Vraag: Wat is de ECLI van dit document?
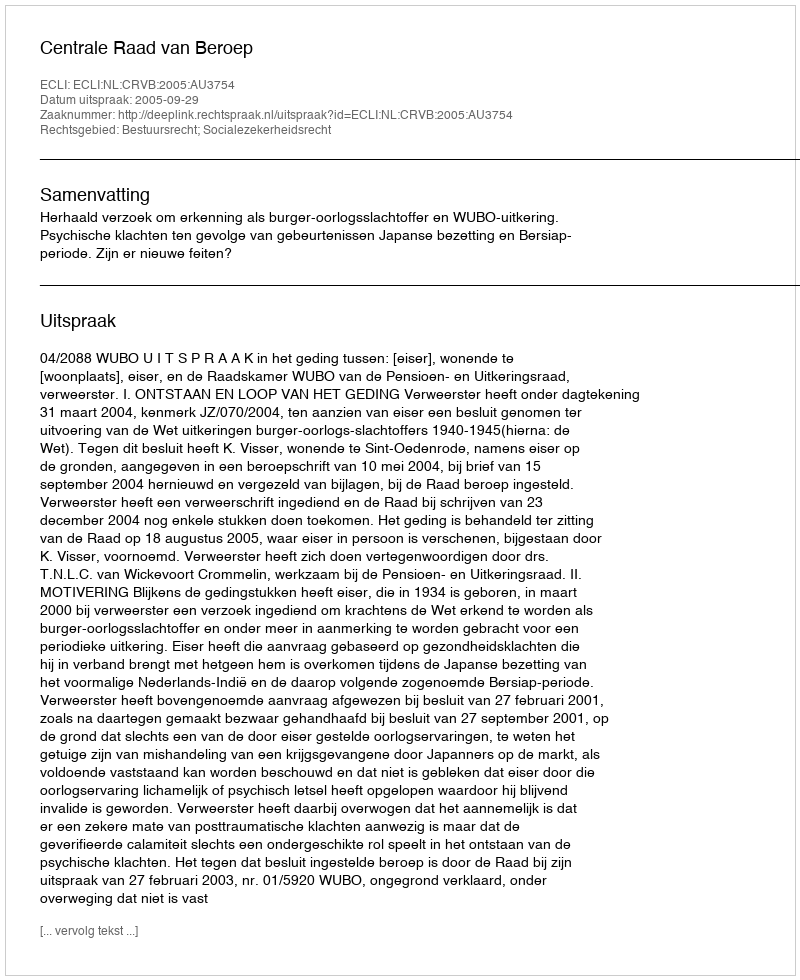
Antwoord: ECLI:NL:CRVB:2005:AU3754